Problem: 4 × 8 = ?
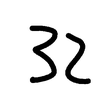
Handwritten answer: 32